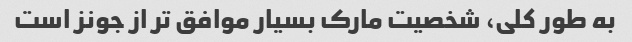
به طور کلی، شخصیت مارک بسیار موافق تر از جونز است